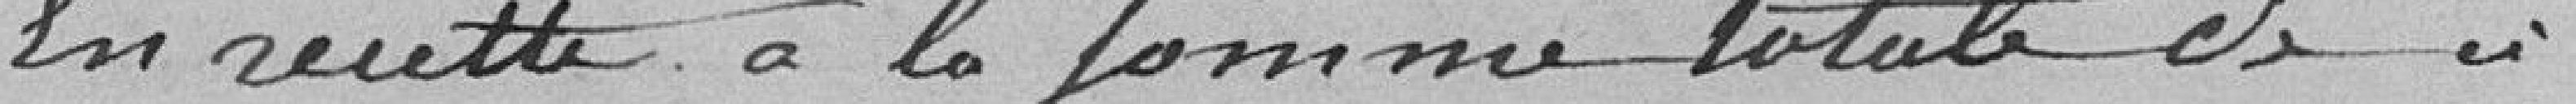
En recette à la somme totale de